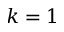
k = 1